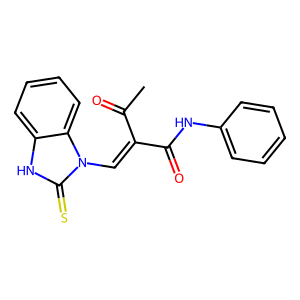
SMILES: CC(=O)C(=Cn1c(=S)[nH]c2ccccc21)C(=O)Nc1ccccc1
Inhibits HIV replication: No